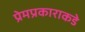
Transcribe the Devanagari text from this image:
प्रेमप्रकाराकडे